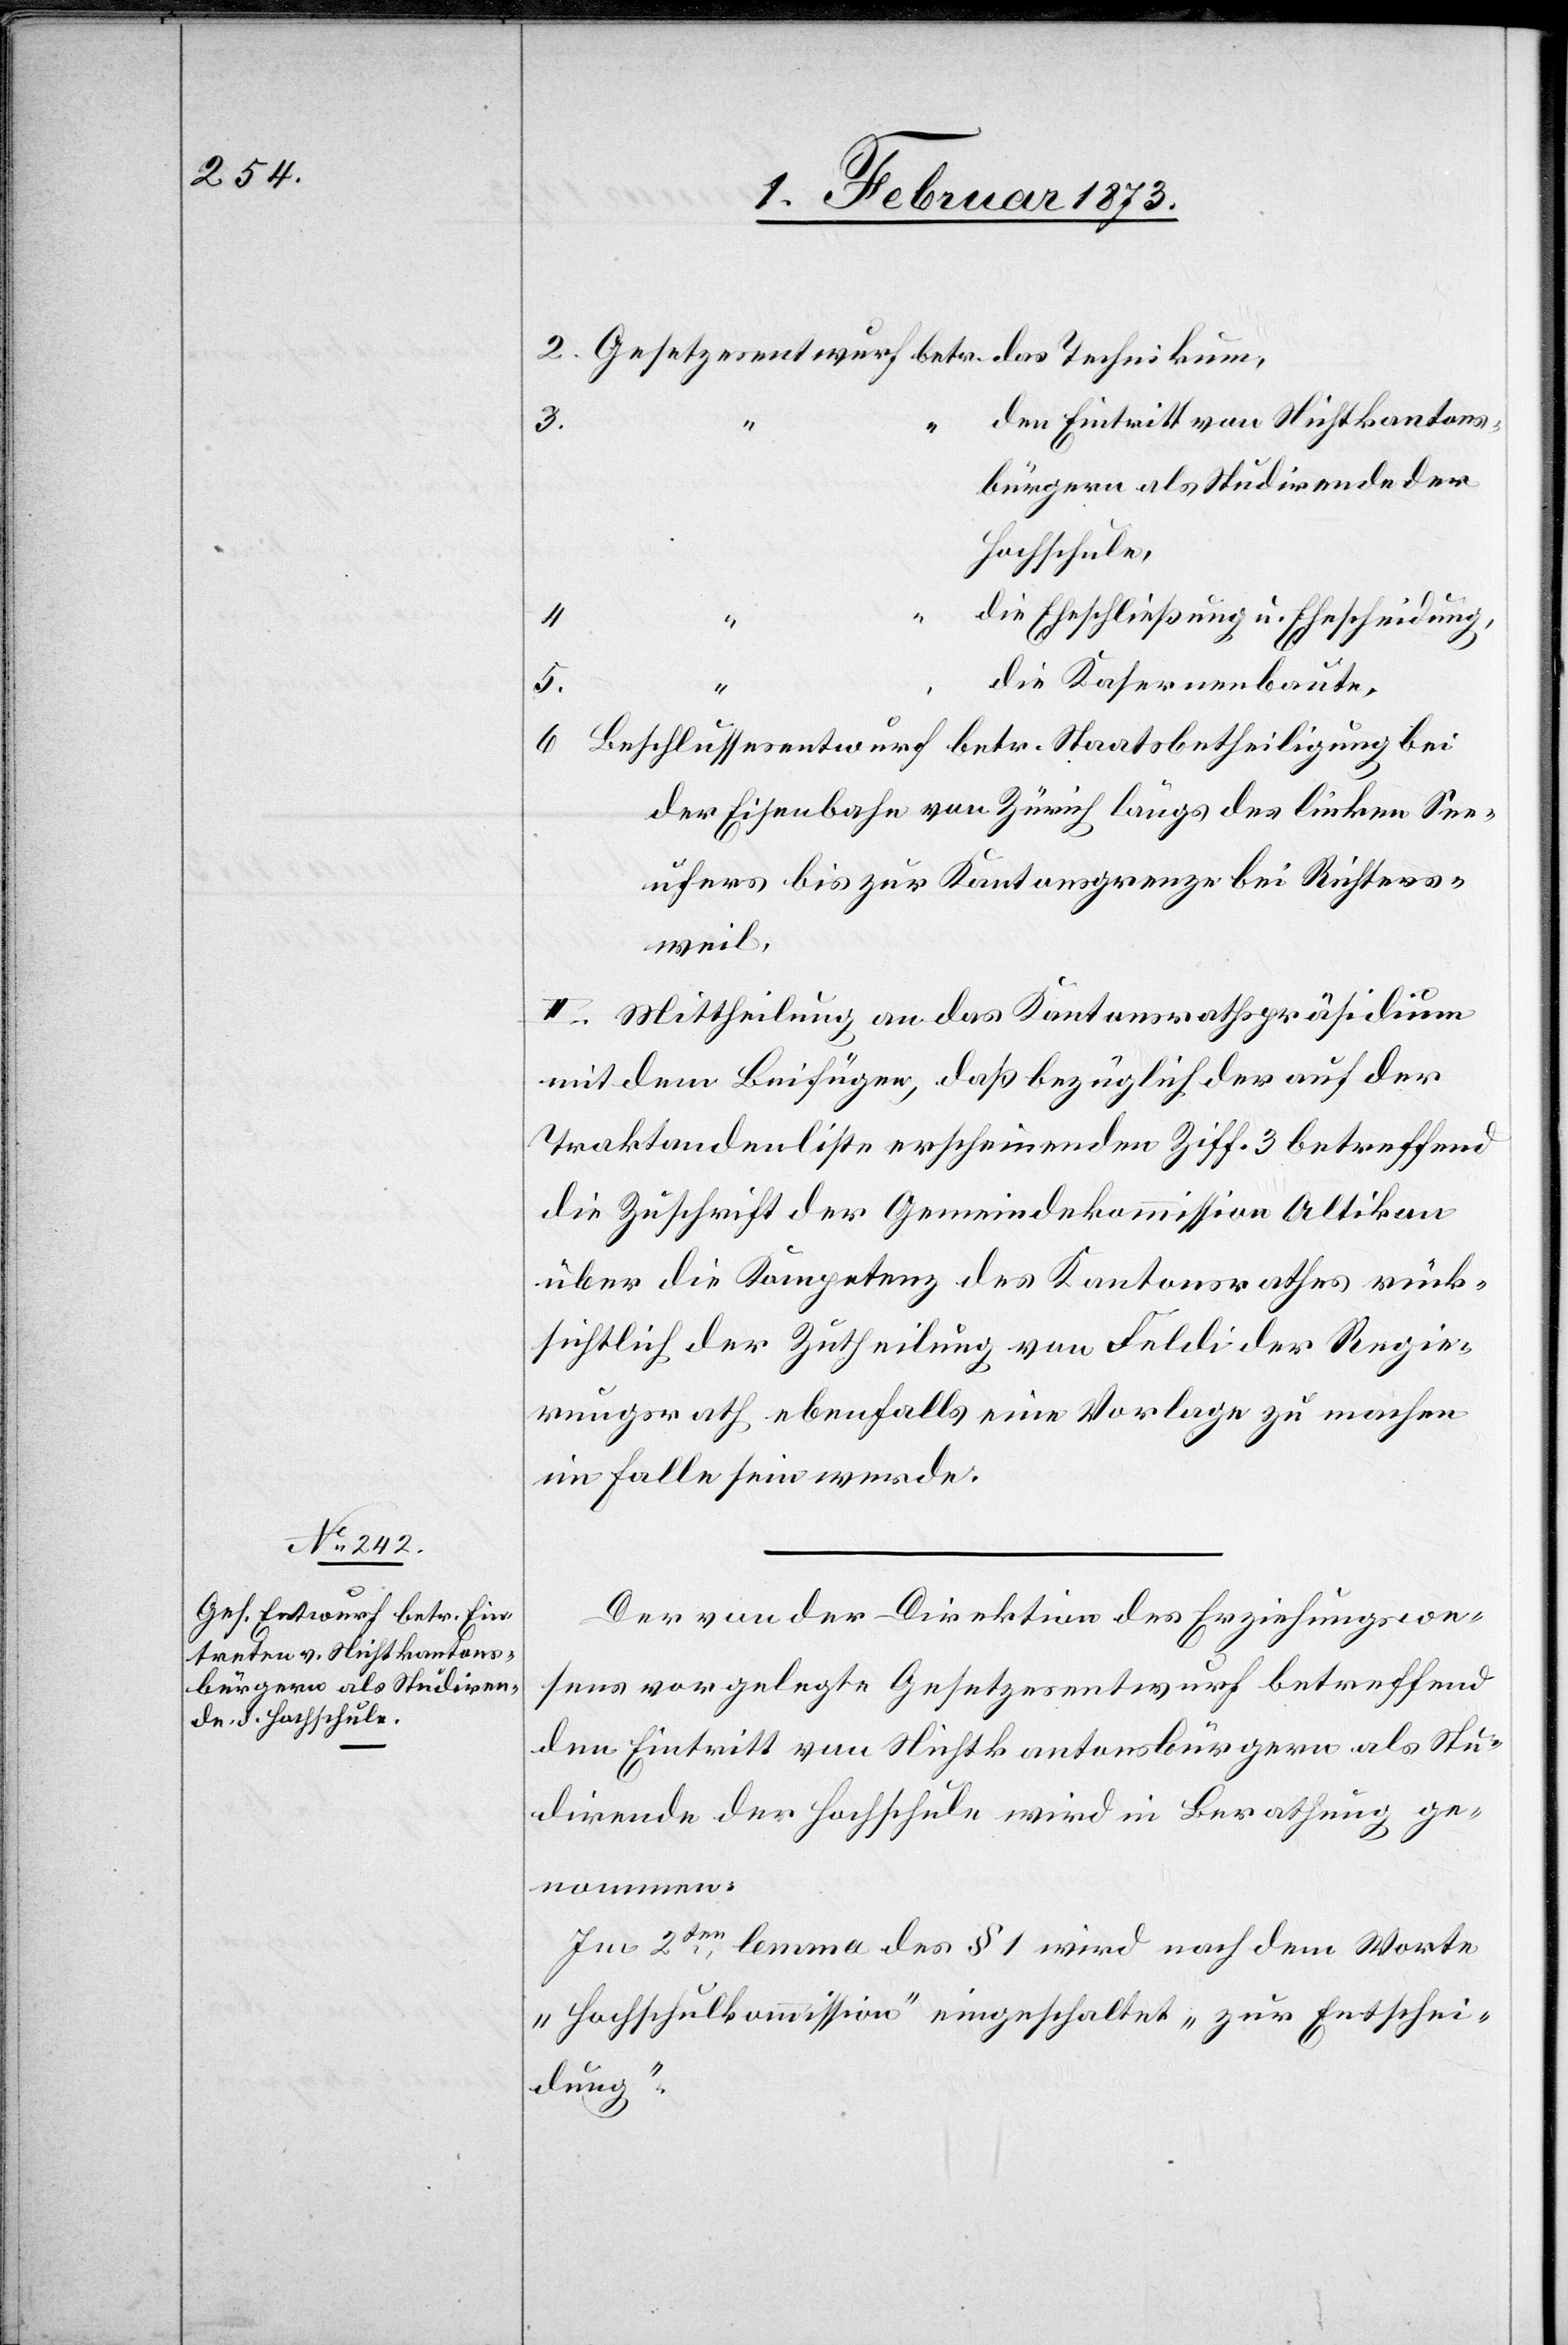
2. Gesetzesentwurf betr. das Technikum,
den Eintritt von Nichtkantons¬
3.
bürgern als Studirende der
Hochschule,
die Eheschließung u. Ehescheidung,
4.
5.
die Kasernenbaute,
6. Beschlussesentwurf betr. Staatsbetheiligung bei
der Eisenbahn von Zürich längs des linken See¬
ufers bis zur Kantonsgrenze bei Richters¬
weil.
II. Mittheilung an das Kantonsrathspräsidium
mit dem Beifügen, daß bezüglich der auf der
Traktandenliste erscheinenden Ziff. 3 betreffend
die Zuschrift der Gemeindekommission Altikon
über die Kompetenz des Kantonsrathes rück¬
sichtlich der Zutheilung von Feldi der Regie¬
rungsrath ebenfalls eine Vorlage zu machen
im Falle sein werde.
Der von der Direktion des Erziehungswe¬
sens vorgelegte Gesetzesentwurf betreffend
den Eintritt von Nichtkantonsbürgern als Stu¬
dirende der Hochschule wird in Berathung ge¬
nommen.
Im 2ten Lemma des § 1 wird nach dem Worte
„Hochschulkommission“ eingeschaltet „zur Entschei¬
dung“.